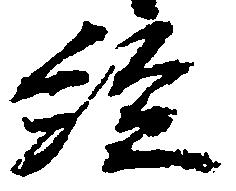
経